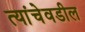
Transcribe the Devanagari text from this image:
त्यांचेवडील